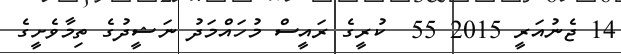
14 ޖެނުއަރީ 2015 55  ކުރީގެ ރައީސް މުހައްމަދު ނަޝީދުގެ ތިމާވެށީގެ